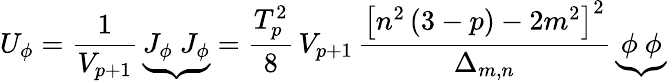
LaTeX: U_{\phi}=\frac{1}{V_{p+1}}\, {\underbrace{J_{\phi}~J_{\phi}}}=\frac{T_{p}^{2}}{8}\, V_{p+1}\, \frac{\left[n^{2}\, (3-p)-2m^{2}\right]^{2}}{\Delta_{m,n}}\, {\underbrace{\phi~\phi}}